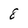
Character: 8